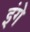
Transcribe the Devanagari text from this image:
इंगे